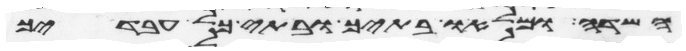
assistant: השדה ומלאו בתיך ובתי כל עבדיך